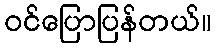
ဝင်ပြောပြန်တယ်။